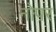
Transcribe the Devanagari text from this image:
नोपर